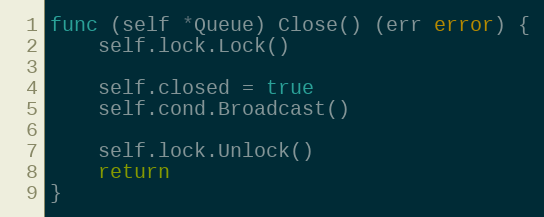
Language: Go
func (self *Queue) Close() (err error) {
	self.lock.Lock()

	self.closed = true
	self.cond.Broadcast()

	self.lock.Unlock()
	return
}